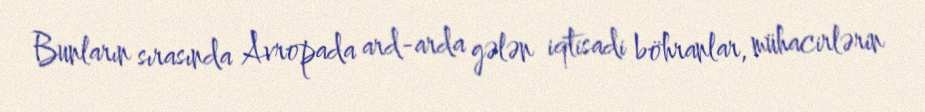
Bunların sırasında Avropada ard-arda gələn iqtisadi böhranlar, mühacirlərin